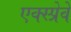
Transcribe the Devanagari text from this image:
एक्स्प्रेवे